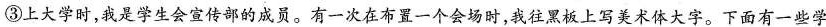
③上大学时，我是学生会宣传部的成员。有一次在布置一个会场时，我往黑板上写美术体大字。下面有一些学